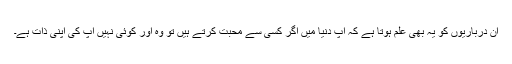
ان درباریوں کو یہ بھی علم ہوتا ہے کہ آپ دنیا میں اگر کسی سے محبت کرتے ہیں تو وہ اور کوئی نہیں آپ کی اپنی ذات ہے۔